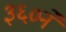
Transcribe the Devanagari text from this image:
३६०ने